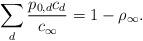
LaTeX: \begin{align*} \sum_d \frac{p_{0,d}c_d}{c_\infty} = 1 - \rho_\infty.\end{align*}